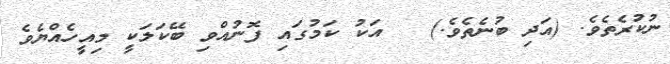
ނުކުރެތެވެ. (އަދި ބުނެތެވެ.)   އަކު ކަމުގައި ފޮނުއްވި ބޭކަލަކީ މިއީހެއްޔެވެ